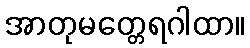
အာတုမတ္တေရဂါထာ။